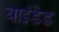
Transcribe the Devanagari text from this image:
बाइंडेड